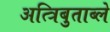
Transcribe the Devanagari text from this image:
अत्त्रिबुताब्ले